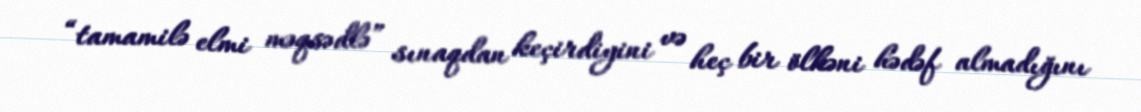
“tamamilə elmi məqsədlə” sınaqdan keçirdiyini və heç bir ölkəni hədəf almadığını